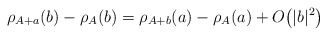
\begin{gather*}\rho_{A+a} (b)-\rho_{A}(b)=\rho_{A+b}(a) -\rho_{A}(a)+O\big(\vert b\vert^{2}\big)\end{gather*}